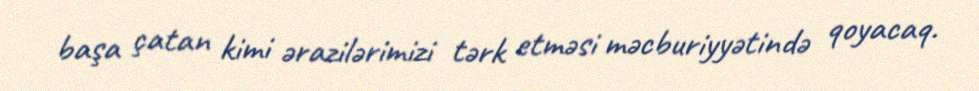
başa çatan kimi ərazilərimizi tərk etməsi məcburiyyətində qoyacaq.